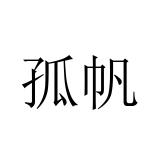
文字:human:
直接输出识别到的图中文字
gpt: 孤帆